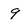
Character: 9